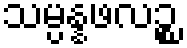
သမ္ပန္နဖလဉ္စ